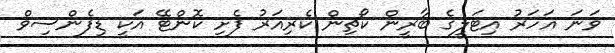
ވަނަ އަހަރު އިޓަލީގެ ބާރީން ކޯޗިން ކެރިއަރު ފެށި ކޮންޓޭ އަކީ ޑިފެންސިވް